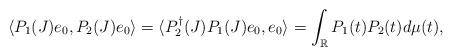
LaTeX: \begin{align*}\langle P_1(J)e_0, P_2(J)e_0\rangle=\langle P_2^\dag(J)P_1(J)e_0, e_0\rangle=\int_\mathbb{R}P_1(t)P_2(t)d\mu(t),\end{align*}